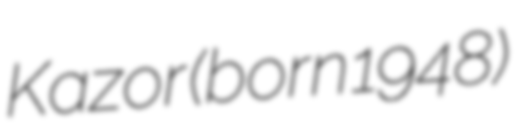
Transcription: Kazor (born 1948)